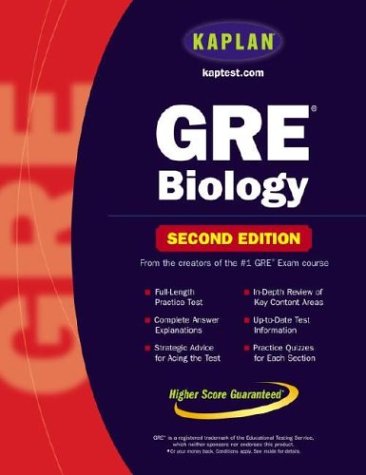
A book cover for Kaplan GRE Biology; Kaplan; Test Preparation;